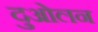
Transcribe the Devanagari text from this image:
दुओलन